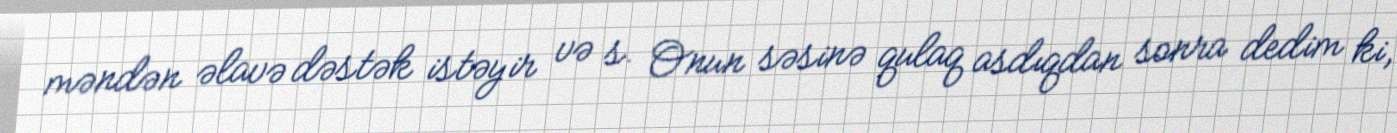
məndən əlavə dəstək istəyir və s. Onun səsinə qulaq asdıqdan sonra dedim ki,